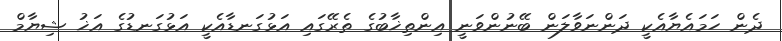
ދެން ހަމައެޔާއެކީ ދަންނަވާލަން ބޭނުންވަނީ އިންތިޚާބުގެ ތެރޭގައި އަޅުގަނޑާއެކީ އަޅުގަނޑުގެ އަޚު ޝިޔާމް